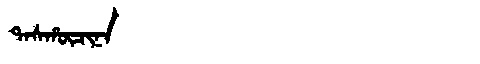
Manchu: ᡨᠠᠰᡥᡡᠴᡳᠨᠠ
Romanization: TASHŪCINA